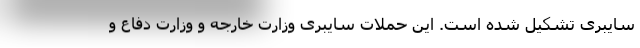
سایبری تشکیل شده است. این حملات سایبری وزارت خارجه و وزارت دفاع و